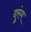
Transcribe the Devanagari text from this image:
दुरंग